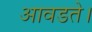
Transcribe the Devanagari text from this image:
आवडते।